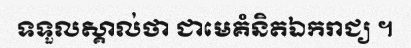
ទទួលស្គាល់ថា ជាមេគំនិតឯករាជ្យ ។